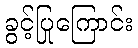
ခွင့်ပြုကြောင်း